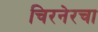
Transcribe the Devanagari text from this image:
चिरनेरचा